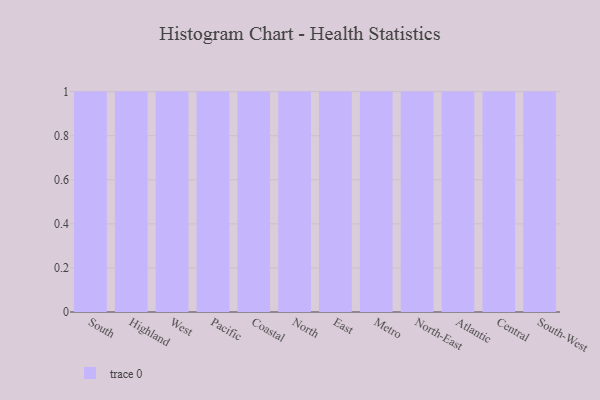
{"axis": {"x": "Region", "y": "Customer Acquisition Cost (USD)"}, "legend": [""], "data": [{"x": "South", "y": 28, "type": ""}, {"x": "Highland", "y": 79, "type": ""}, {"x": "West", "y": 61, "type": ""}, {"x": "Pacific", "y": 74, "type": ""}, {"x": "Coastal", "y": 38, "type": ""}, {"x": "North", "y": 65, "type": ""}, {"x": "East", "y": 27, "type": ""}, {"x": "Metro", "y": 27, "type": ""}, {"x": "North-East", "y": 50, "type": ""}, {"x": "Atlantic", "y": 76, "type": ""}, {"x": "Central", "y": 79, "type": ""}, {"x": "South-West", "y": 34, "type": ""}]}